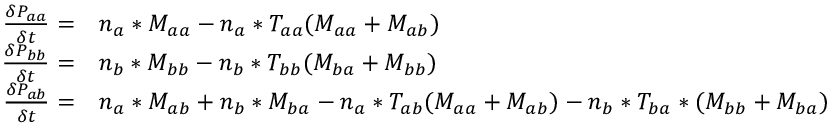
\begin{array} { r l } { \frac { \delta P _ { a a } } { \delta t } = } & { n _ { a } * M _ { a a } - n _ { a } * T _ { a a } ( M _ { a a } + M _ { a b } ) } \\ { \frac { \delta P _ { b b } } { \delta t } = } & { n _ { b } * M _ { b b } - n _ { b } * T _ { b b } ( M _ { b a } + M _ { b b } ) } \\ { \frac { \delta P _ { a b } } { \delta t } = } & { n _ { a } * M _ { a b } + n _ { b } * M _ { b a } - n _ { a } * T _ { a b } ( M _ { a a } + M _ { a b } ) - n _ { b } * T _ { b a } * ( M _ { b b } + M _ { b a } ) } \end{array}